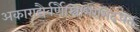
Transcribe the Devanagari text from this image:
अकाराद्यैर्वर्णैस्त्रिभिरभिदधत्